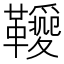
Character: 𩍫